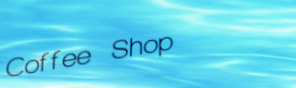
Coffee Shop